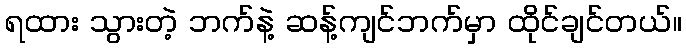
ရထား သွားတဲ့ ဘက်နဲ့ ဆန့်ကျင်ဘက်မှာ ထိုင်ချင်တယ်။